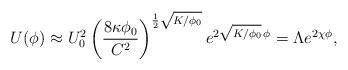
LaTeX: \begin{align*}U(\phi) \approx U_0^2 \left(\frac{8\kappa \phi_0}{C^2} \right)^{\frac12\sqrt{K/\phi_0}} e^{2\sqrt{K/\phi_0} \, \phi} = \Lambda e^{2\chi \phi},\end{align*}